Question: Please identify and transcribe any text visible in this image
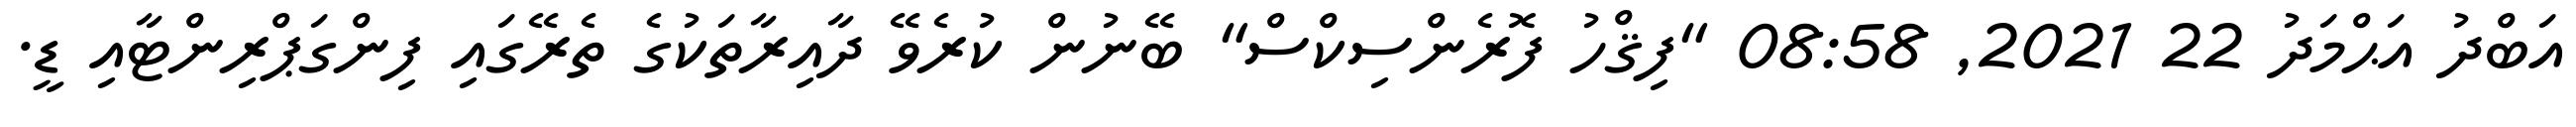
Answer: އަބްދު އަޙްމަދު 22 2021, 08:58 "ފިޤްހު ފޮރެންސިކްސް" ބޭނުން ކުރެވޭ ދާއިރާތަކުގެ ތެރޭގައި ފިންގަޕްރިންޓާއި ޑީ.